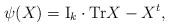
LaTeX: \begin{align*}\psi(X) = \mathrm{I}_k \cdot \mathrm{Tr} X - X^t,\end{align*}